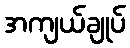
အကျယ်ချုပ်